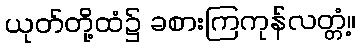
ယုတ်တို့ထံ၌ ခစားကြကုန်လတ္တံ့။